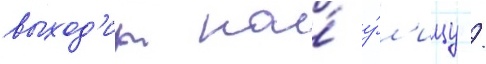
выход'ит на́ у́л'ицу /